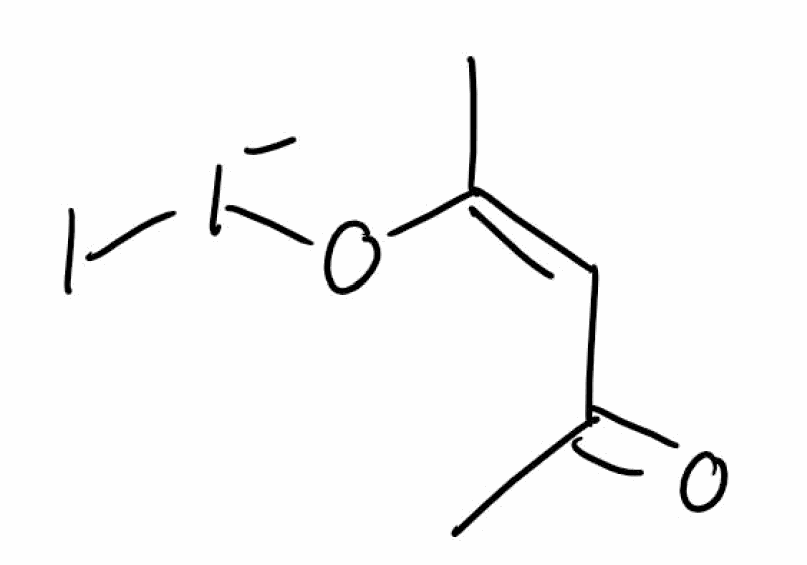
Simplified molecular-input line-entry system (SMILES) notation of the given molecule:
C/C(=C/C(=O)C)/O[I-]I